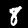
Digit: 8